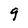
Character: 9